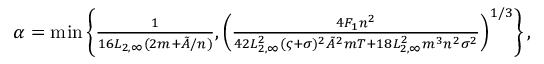
\begin{array} { r } { \alpha = \operatorname* { m i n } \left\{ \frac { 1 } { 1 6 L _ { 2 , \infty } ( 2 m + \tilde { A } / n ) } , \left( \frac { 4 F _ { 1 } n ^ { 2 } } { 4 2 L _ { 2 , \infty } ^ { 2 } ( \varsigma + \sigma ) ^ { 2 } \tilde { A } ^ { 2 } m T + 1 8 L _ { 2 , \infty } ^ { 2 } m ^ { 3 } n ^ { 2 } \sigma ^ { 2 } } \right) ^ { 1 / 3 } \right\} , } \end{array}